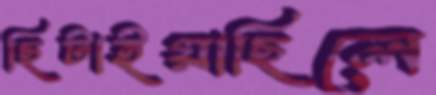
ছিটাইয়াছিলে